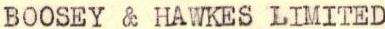
BOOSEY & HAWKES LIMITED